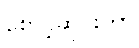
စောင့်ဆိုင်းကာ